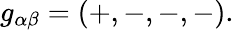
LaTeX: g_{\alpha\beta}=\left(+,-,-,-\right).